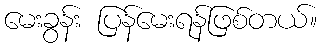
မေးခွန်း ပြန်မေးရန်ဖြစ်တယ်။